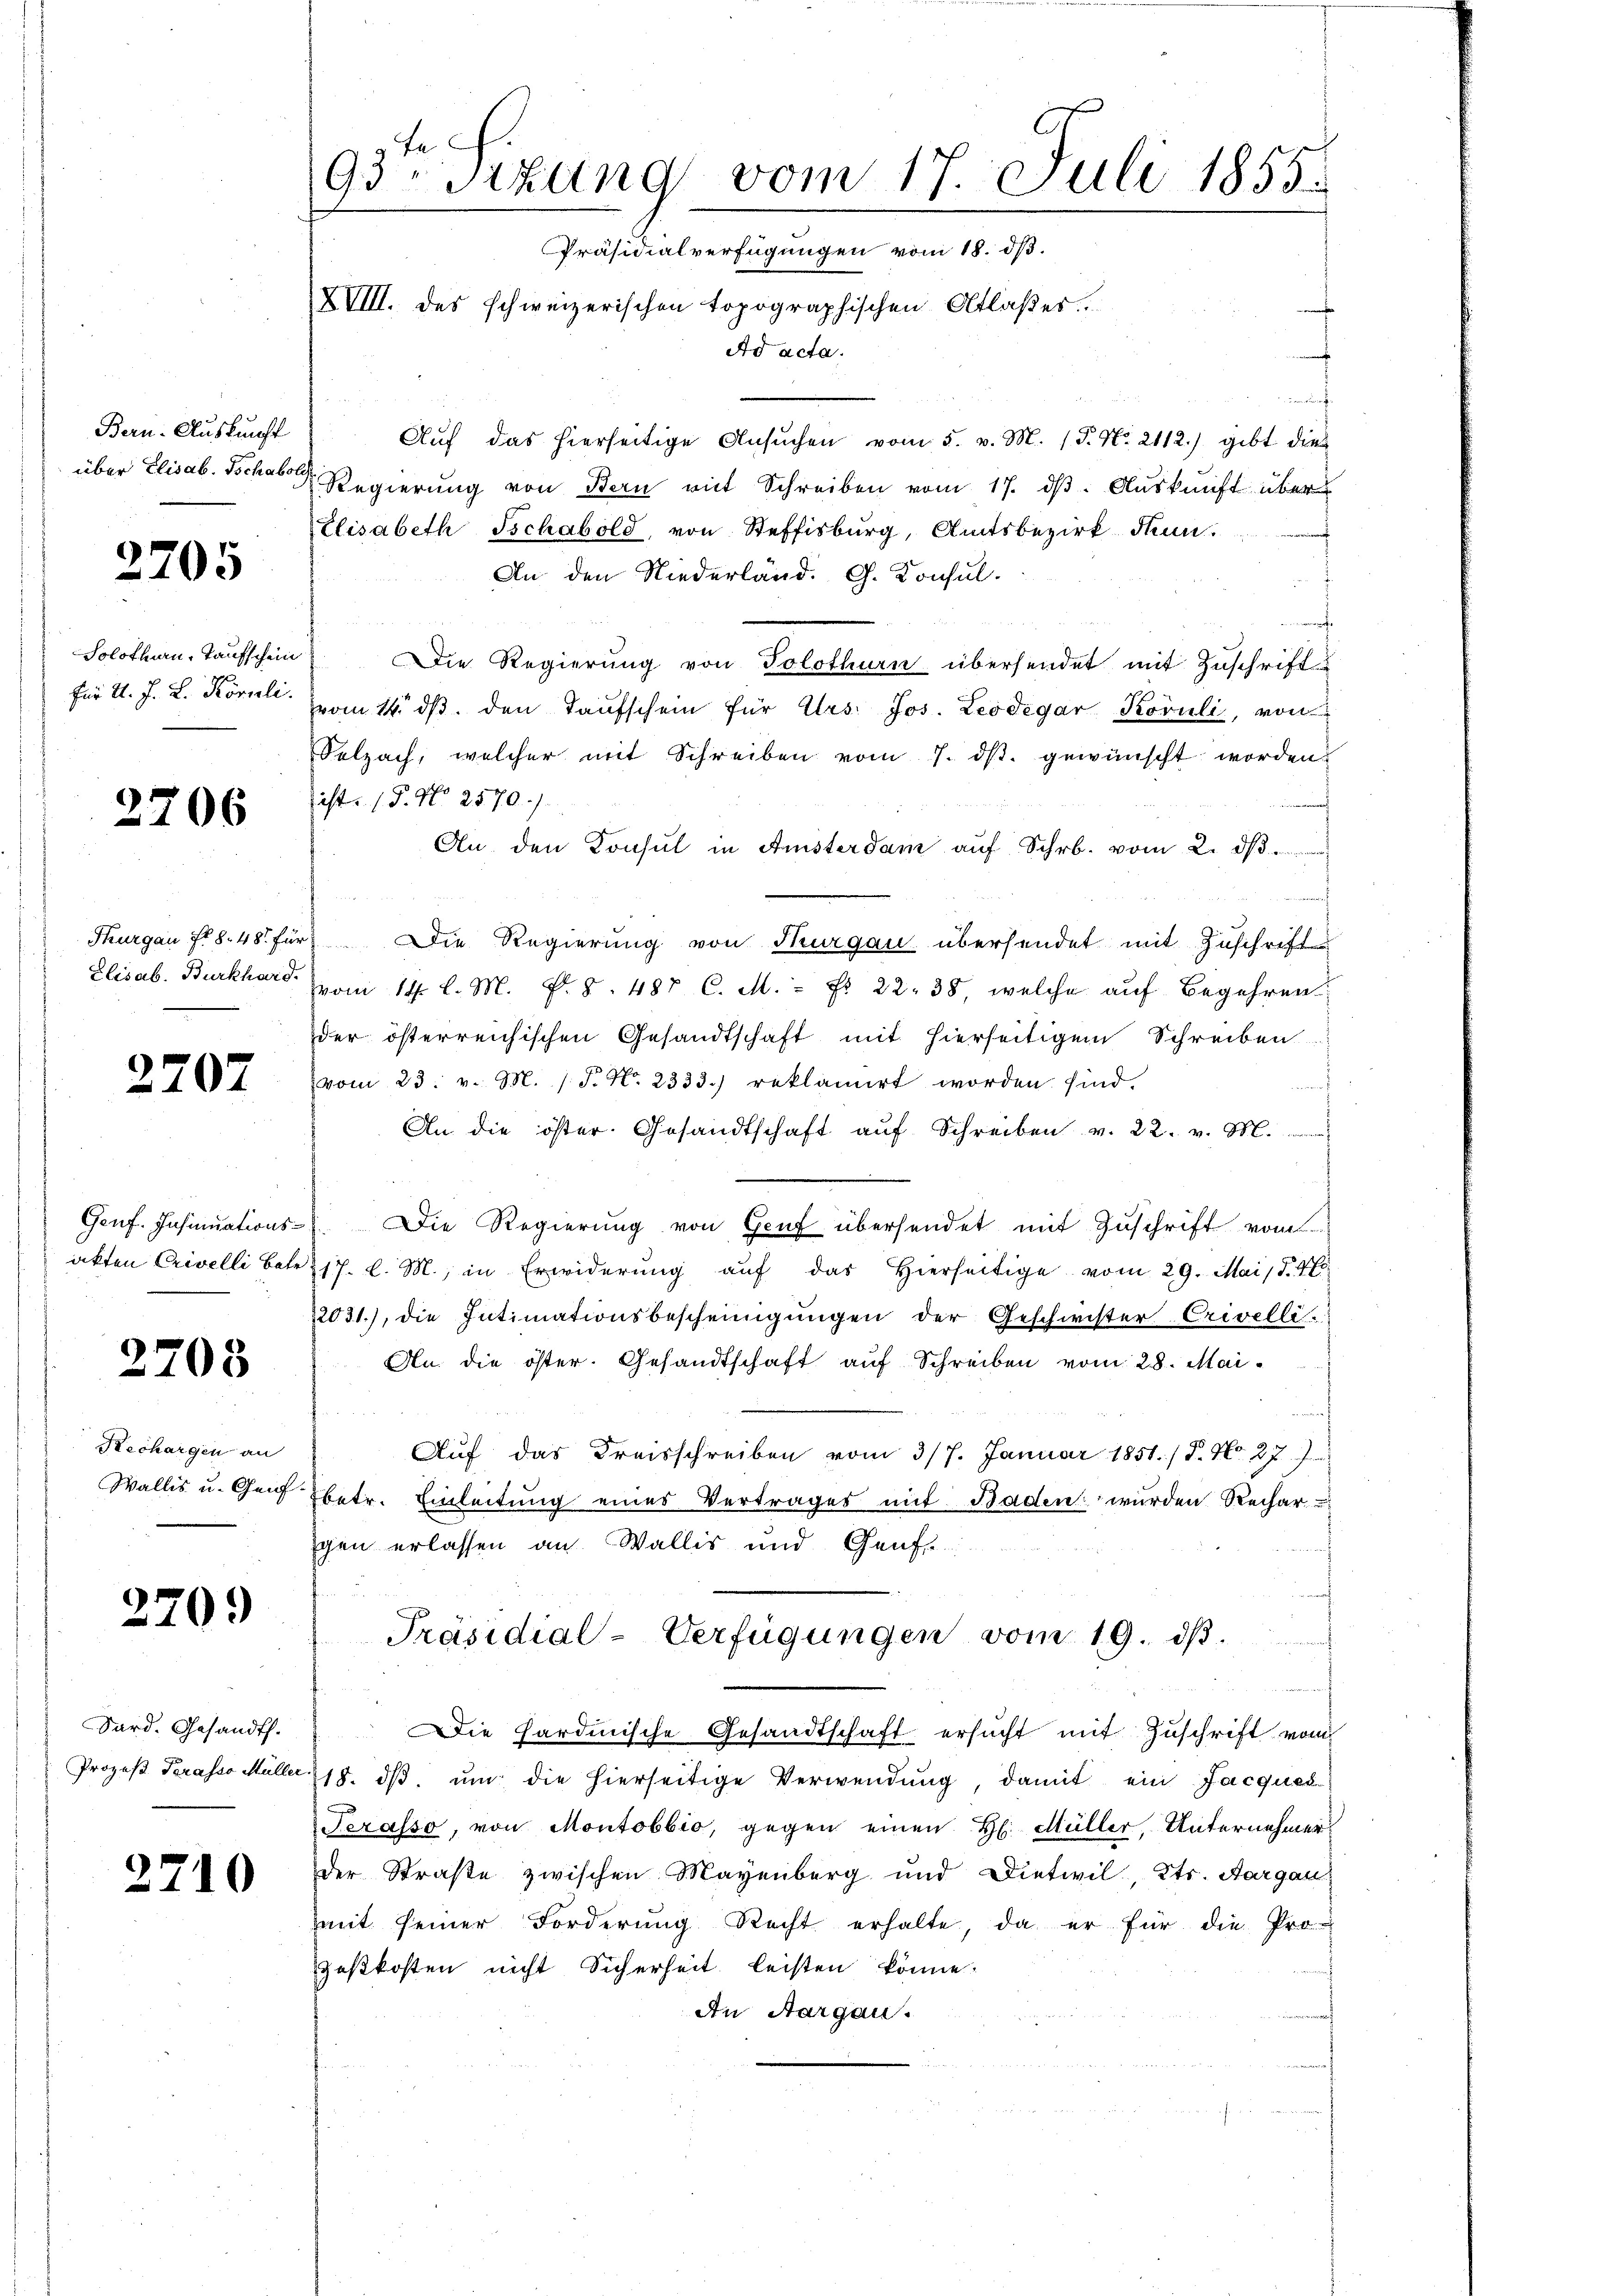
Bern. Auskunft
über Elisab. Tschabol

2705

Solothurn, Taufschein
für d. J. L. Körili.

2706

Thurgau Fr. 8. 481 für
Elisab. Burkhard.

270

Genf. Insinuationsakten Crivelli betr

2708

Rechargen an
Wallis u. Genf

2709

Sard. Gesandt.
Prozeß Torasso Müller

2710

93 Sitzung vom 17. Juli 1855.
Präsidialverfügungen vom 18. dß.
XVIII. des schweizerischen topographischen Altlaßer
Ad acta.

demnach
Auf das hierseitige Ansuchen vom 5. v. M. (T. No. 2112) gibt dies
Regierŭng von Bern mit Schreiben vom 17. dβ. Auskunft über
Elisabeth Tschabold, von Steffisburg, Amtsbezirk Hin
An den Niederländ. G. Konsuln
Die Regierung von Solothurn übersendet mit Zuschrift
vom 14. dβ. den Taufschein für Urs. Jos. Leodegar Koruli, von
Selzach, welcher mit Schreiben vom 7. ds. gewünscht worden.
ist. (T. No 2570.)
An den Konsul in Amsterdam auf Schr. vom 2. d
Die Regierung von Thurgau übersendet mit Zuschrift
vom 14. l. M. N. 8. 487 C. M. = Fr. 22. 38, welche auf Begehren
der österreichischen Gesandtschaft mit hierseitigem Schreiben
vom 23. v. M. (T. No. 2333) reklamirt worden sind.
An die öster. Gesandtschaft auf Schreiben v. 22. v. M.
Die Regierung von Genf übersendet mit Zuschrift vom
17. l. M., in Erwiderung aŭf das hierseitige vom 29. Mai d. 16
12031.), die Intimationsbescheinigŭngen der Geschwister Crivelli-
An die öster. Gesandtschaft auf Schreiben vom 28. Mai
Auf das Kreisschreiben vom 3/7. Januar 1851./ P. Nr. 27.
betr. Einleitung einer Vertrages mit Bachen wurden Rechar
gen erlassen an. Wallis und Genf
Präsidial-Verfügungen vom 19. ds.
Die Hardinische Gesandtschaft ersucht mit Zuschrift vom
18. dβ, um die hierseitige Verwendung damit ein Jacques
Serasso, von Montobbio, gegen einen H. Müller, Unternehmer
Der Straße zwischen Mayenberg und Dietwil, Kts. Aargau
mit seiner Forderung Recht erhalte, da er für die Pro-
zeßkosten nicht Sicherheit leisten könne.
An Aargau.